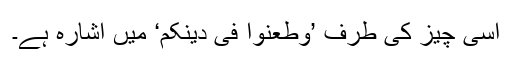
اسی چیز کی طرف ’وَطَعَنُوْا فِیْ دِیْنِکُمْ‘ میں اشارہ ہے۔